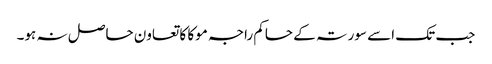
جب تک اسے سورتہ کے حاکم راجہ موکا کا تعاون حاصل نہ ہو۔